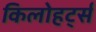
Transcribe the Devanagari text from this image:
किलोहर्ट्स